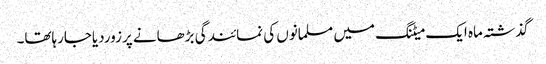
گذشتہ ماہ ایک میٹنگ میں مسلمانوں کی نمائندگی بڑھانے پرزوردیاجارہاتھا۔